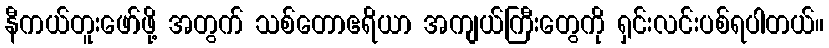
နီကယ်တူးဖော်ဖို့ အတွက် သစ်တောဧရိယာ အကျယ်ကြီးတွေကို ရှင်းလင်းပစ်ရပါတယ်။